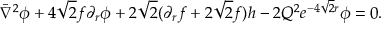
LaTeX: \bar { \nabla } ^ { 2 } \phi + 4 \sqrt 2 f \partial _ { r } \phi + 2 \sqrt 2 ( \partial _ { r } f + 2 \sqrt 2 f ) h - 2 Q ^ { 2 } e ^ { - 4 \sqrt 2 r } \phi = 0 .